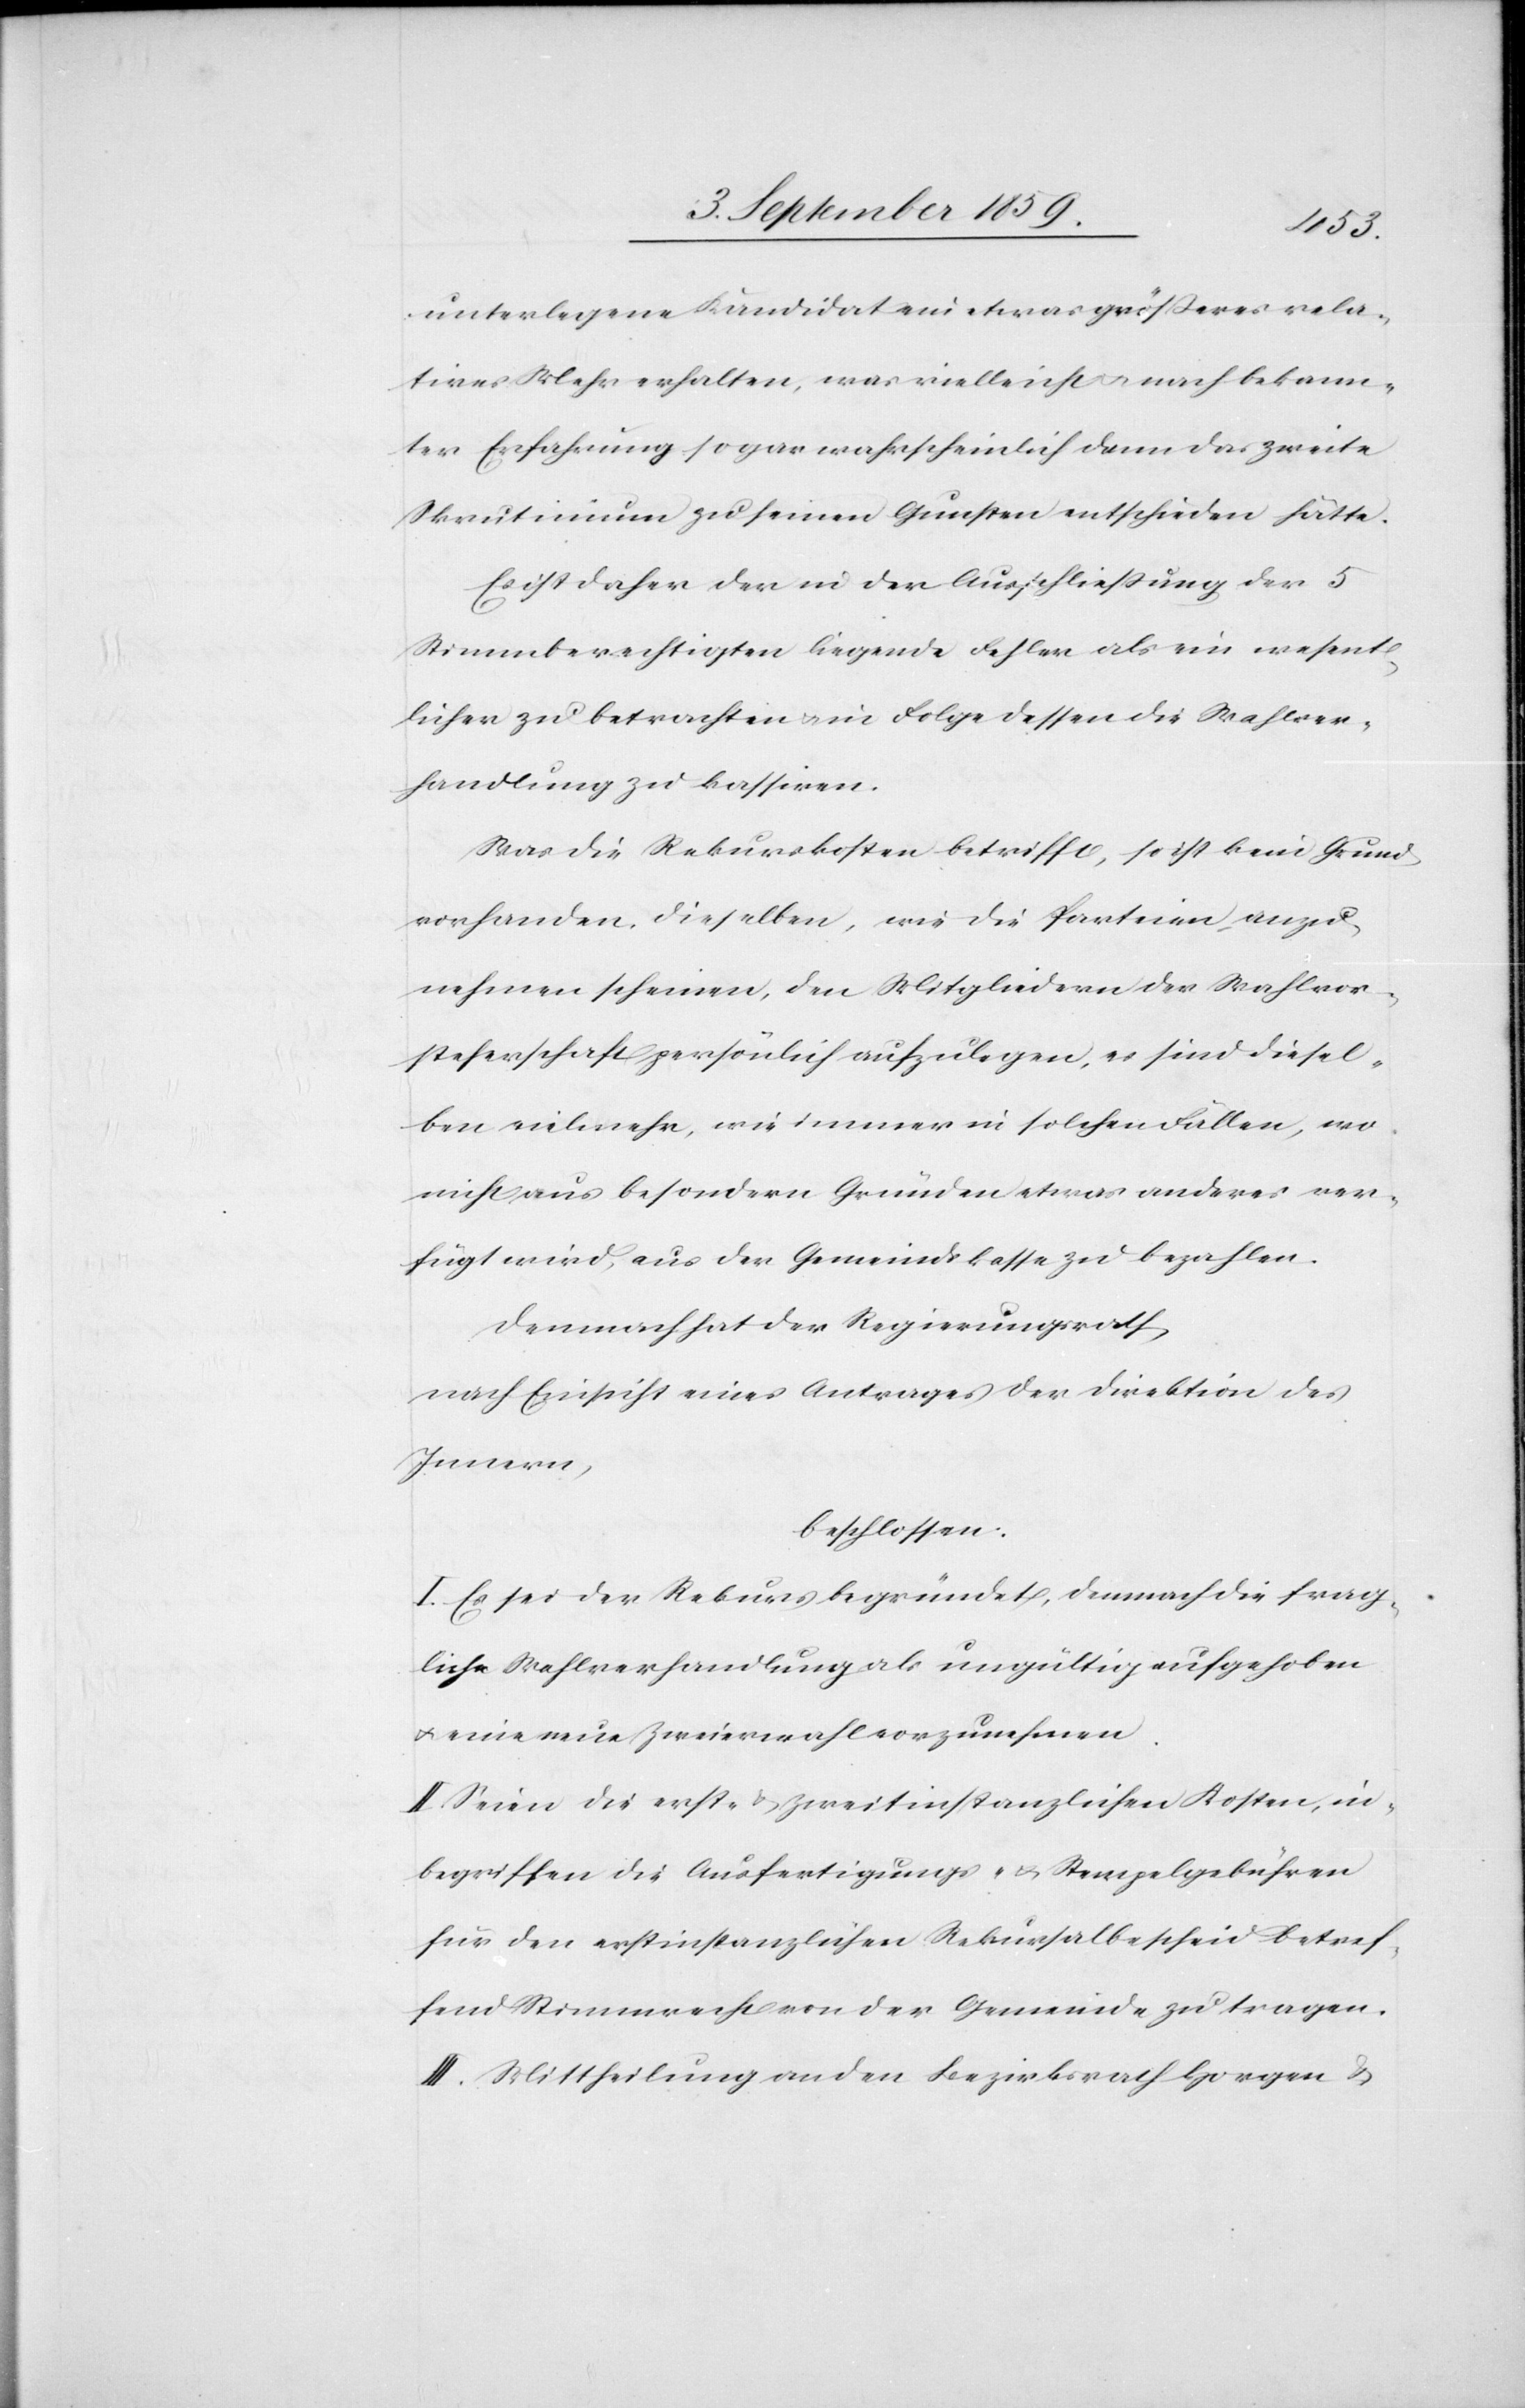
unterlegene Kandidat ein etwas größeres rela¬
tives Mehr erhalten, was vielleicht nach bekann¬
ter Erfahrung sogar wahrscheinlich dann das zweite
Skrutinium zu seinen Gunsten entschieden hätte.
Es ist daher der in der Ausschließung der 5
Stimmberechtigten liegende Fehler als ein wesent¬
licher zu betrachten & in Folge dessen die Wahlver¬
handlung zu kassiren.
Was die Rekurskosten betrifft, so ist kein Grund
vorhanden, dieselben, wie die Parteien, anzu¬
nehmen scheinen, den Mitgliedern der Wahlvor¬
steherschaft persönlich aufzulegen, es sind diesel¬
ben vielmehr, wie immer in solchen Fällen, wo
nicht aus besondern Gründen etwas anderes ver¬
fügt wird, aus der Gemeindekasse zu bezahlen.
Demnach hat der Regierungsrath,
nach Einsicht eines Antrages der Direktion des
Innern,
beschlossen:
I. Es sei der Rekurs begründet, demnach die frag¬
liche Wahlverhandlung als ungültig aufgehoben
& eine neue Zweierwahl vorzunehmen.
II. Seien die erst- & zweitinstanzlichen Kosten, in¬
begriffen die Ausfertigungs- & Stempelgebühren
für den erstinstanzlichen Rekursalbescheid betref¬
fend Stimmrecht von der Gemeinde zu tragen.
III. Mittheilung an den Bezirksrath Horgen &